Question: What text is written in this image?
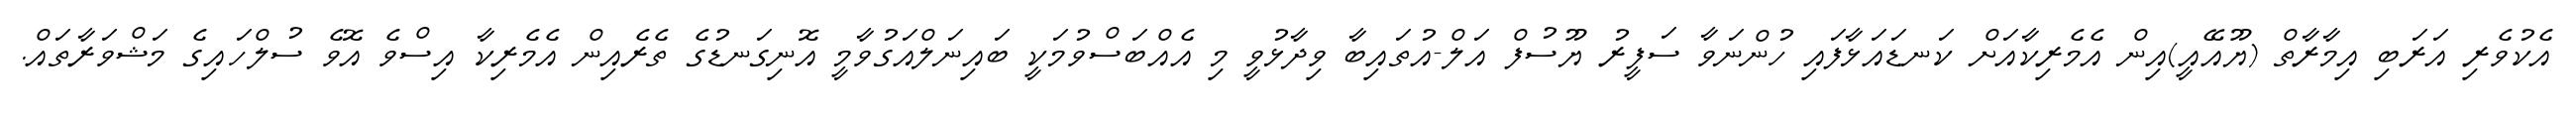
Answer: އެކުވެރި އަރަބި އިމާރާތް (ޔޫއޭއީ)އިން އެމެރިކާއަށް ކަނޑައަޅާފައި ހުންނަވާ ސަފީރު ޔޫސުފް އަލް-އުތައިބާ ވިދާޅުވީ މި އެއްބަސްވުމަކީ ބައިނަލްއަގުވާމީ އޮނިގަނޑުގެ ތެރެއިން އެމެރިކާ އިސްވެ އޮވެ ސުލްހައިގެ މަޝްވަރާތައް.